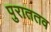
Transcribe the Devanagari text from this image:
पुराततव